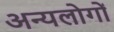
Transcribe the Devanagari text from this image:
अन्यलोगों